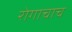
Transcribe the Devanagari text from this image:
रोगाचाच